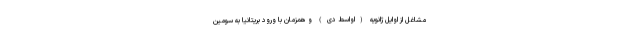
مشاغل از اوایل ژانویه (اواسط دی) و همزمان با ورود بریتانیا به سومین